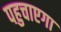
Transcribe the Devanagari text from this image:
पहुचाएगा